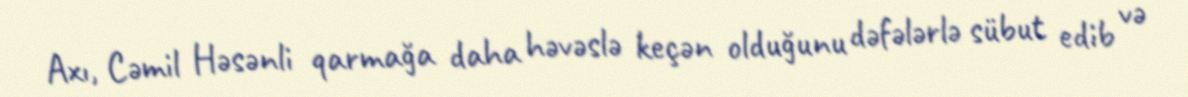
Axı, Cəmil Həsənli qarmağa daha həvəslə keçən olduğunu dəfələrlə sübut edib və